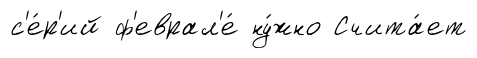
с'е́р'ий ф'еврал'е́ ну́жно Счита́ет